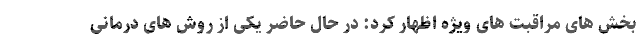
بخش های مراقبت های ویژه اظهار کرد: در حال حاضر یکی از روش های درمانی